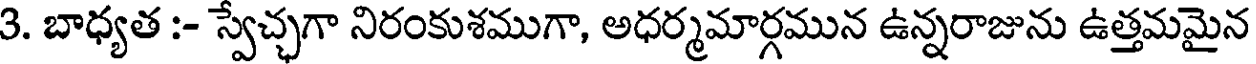
3. బాధ్యత :- స్వేచ్ఛగా నిరంకుశముగా, అధర్మమార్గమున ఉన్నరాజును ఉత్తమమైన